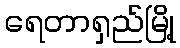
ရေတာရှည်မြို့